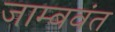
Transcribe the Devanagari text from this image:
जाम्बवंत